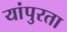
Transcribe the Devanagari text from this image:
यांपुरता